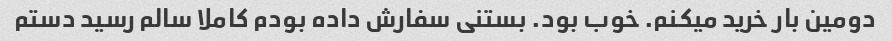
دومین بار خرید میکنم. خوب بود. بستنی سفارش داده بودم کاملا سالم رسید دستم